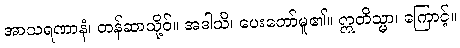
အာသရဏာနံ၊ တန်ဆာသို့ဝ်။ အဒါသိ၊ ပေးတော်မူ၏။ ဣတိသ္မာ၊ ကြောင့်။